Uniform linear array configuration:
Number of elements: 64
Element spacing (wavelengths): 0.25
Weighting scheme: uniform
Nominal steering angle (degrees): -45
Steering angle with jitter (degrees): -44.324
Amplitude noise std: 0.05
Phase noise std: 0.05

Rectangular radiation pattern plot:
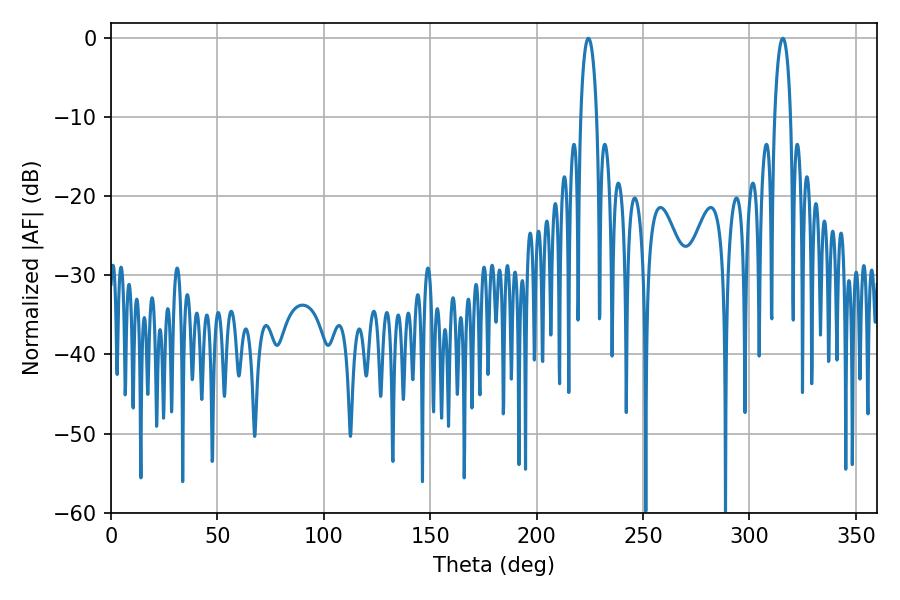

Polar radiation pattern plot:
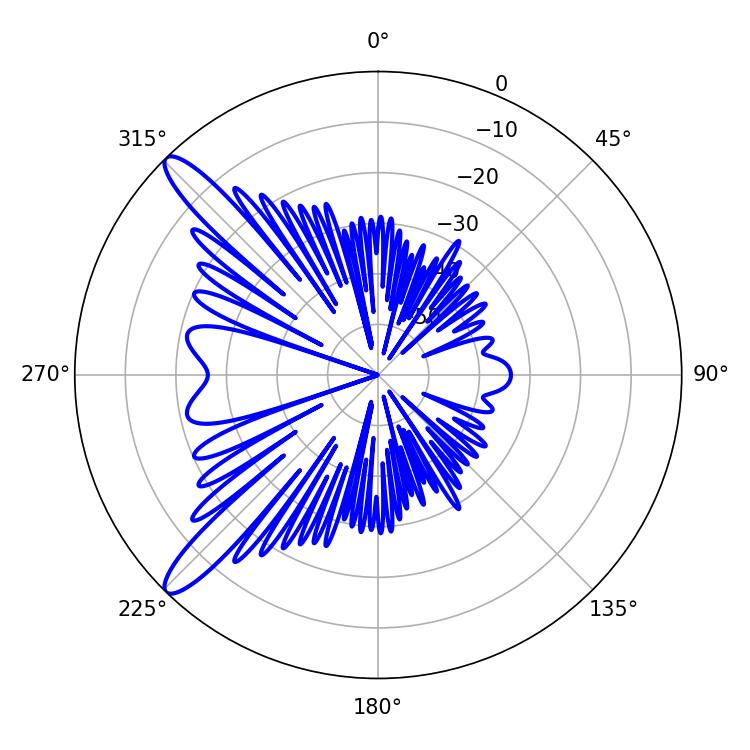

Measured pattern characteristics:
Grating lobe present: FALSE
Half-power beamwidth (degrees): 4.14
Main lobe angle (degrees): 224.28